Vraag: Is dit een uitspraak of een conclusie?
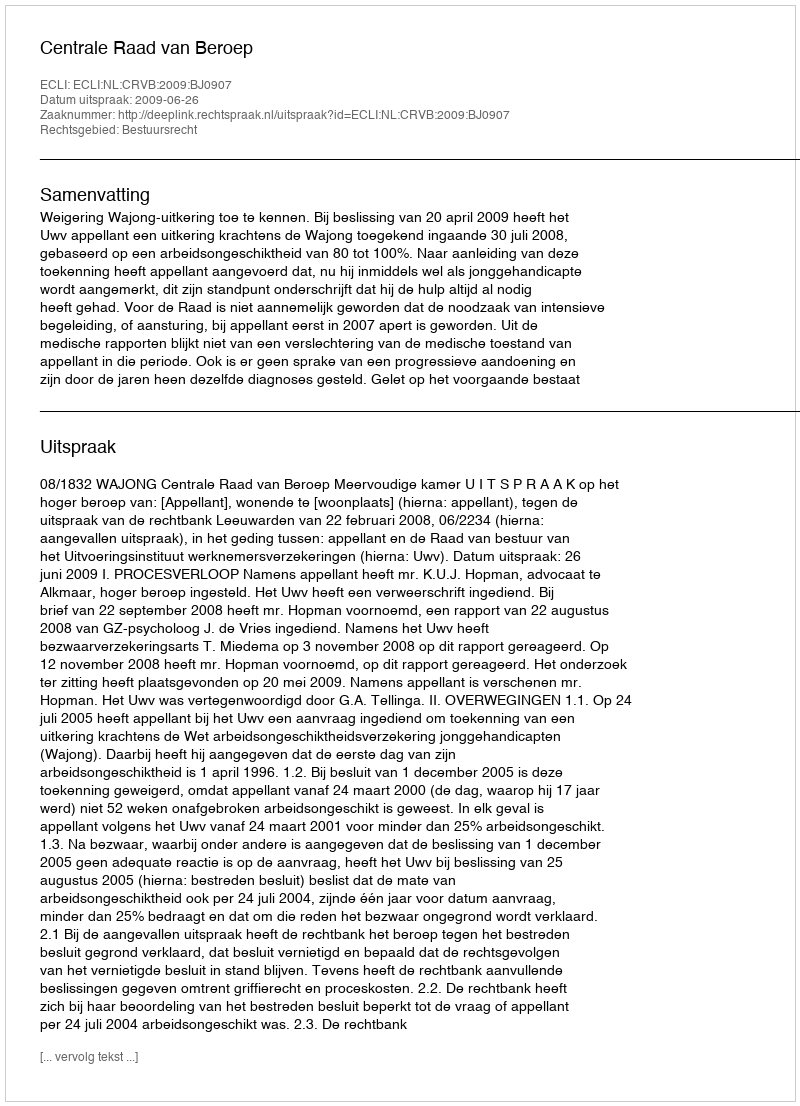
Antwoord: Uitspraak